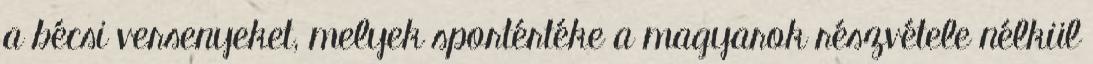
a bécsi versenyeket, melyek sportértéke a magyarok részvétele nélkül